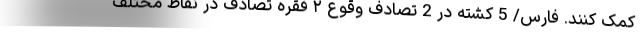
کمک کنند. فارس/ 5 کشته در 2 تصادف وقوع ۲ فقره تصادف در نقاط مختلف